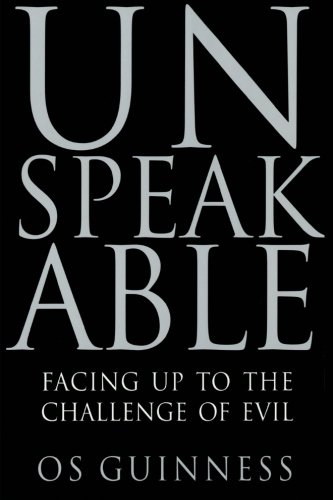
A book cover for Unspeakable: Facing Up to the Challenge of Evil; OS Guinness; Politics & Social Sciences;